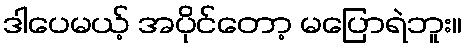
ဒါပေမယ့် အပိုင်တော့ မပြောရဲဘူး။